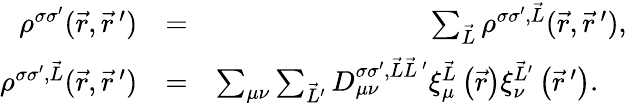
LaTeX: \begin{array}{rlr}{\rho^{\sigma\sigma^{\prime}}(\vec{r},\vec{r}\, ^{\prime})}&{=}&{\sum_{\vec{L}}\rho^{\sigma\sigma^{\prime},\vec{L}}(\vec{r},\vec{r}\, ^{\prime}),}\\ {\rho^{\sigma\sigma^{\prime},\vec{L}}(\vec{r},\vec{r}\, ^{\prime})}&{=}&{\sum_{\mu\nu}\sum_{\vec{L}^{\prime}}D_{\mu\nu}^{\sigma\sigma^{\prime},\vec{L}\vec{L}\, ^{\prime}}\xi_{\mu}^{\vec{L}}\left(\vec{r}\right)\xi_{\nu}^{\vec{L}^{\prime}}\left(\vec{r}\, ^{\prime}\right).\quad}\end{array}